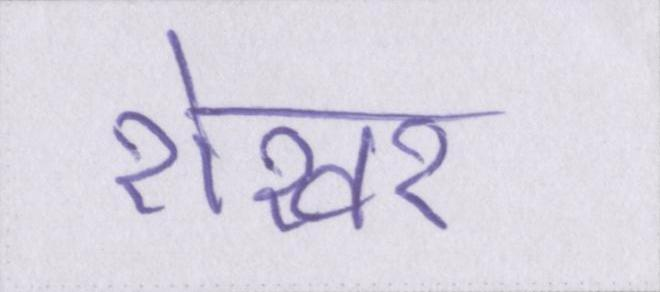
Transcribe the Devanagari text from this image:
शेखर